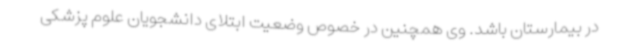
در بیمارستان باشد. وی همچنین در خصوص وضعیت ابتلای دانشجویان علوم پزشکی